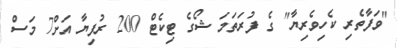
"ވަފާތެރި ކެހިވެރިޔާ" ގެ ފުރަތަމަ ޝޯގެ ޓިކެޓް 200 ރުފިޔާ އަށް7 މަސް